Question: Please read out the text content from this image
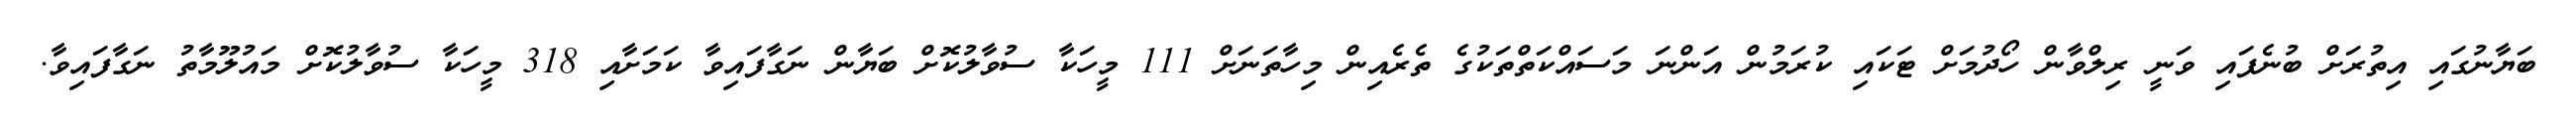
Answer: ބަޔާނުގައި އިތުރަށް ބުނެފައި ވަނީ ރިލްވާން ހޯދުމަށް ޓަކައި ކުރަމުން އަންނަ މަސައްކަތްތަކުގެ ތެރެއިން މިހާތަނަށް 111 މީހަކާ ސުވާލުކޮށް ބަޔާން ނަގާފައިވާ ކަމަށާއި 318 މީހަކާ ސުވާލުކޮށް މައުލޫމާތު ނަގާފައިވާ.